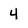
Character: 4